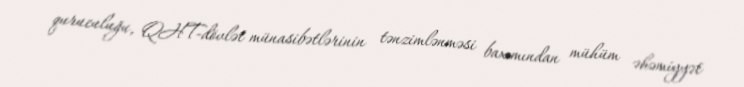
quruculuğu, QHT-dövlət münasibətlərinin tənzimlənməsi baxımından mühüm əhəmiyyət